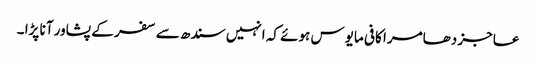
عاجز دھامرا کافی مایوس ہوئے کہ انہیں سندھ سے سفر کے پشاور آنا پڑا ۔